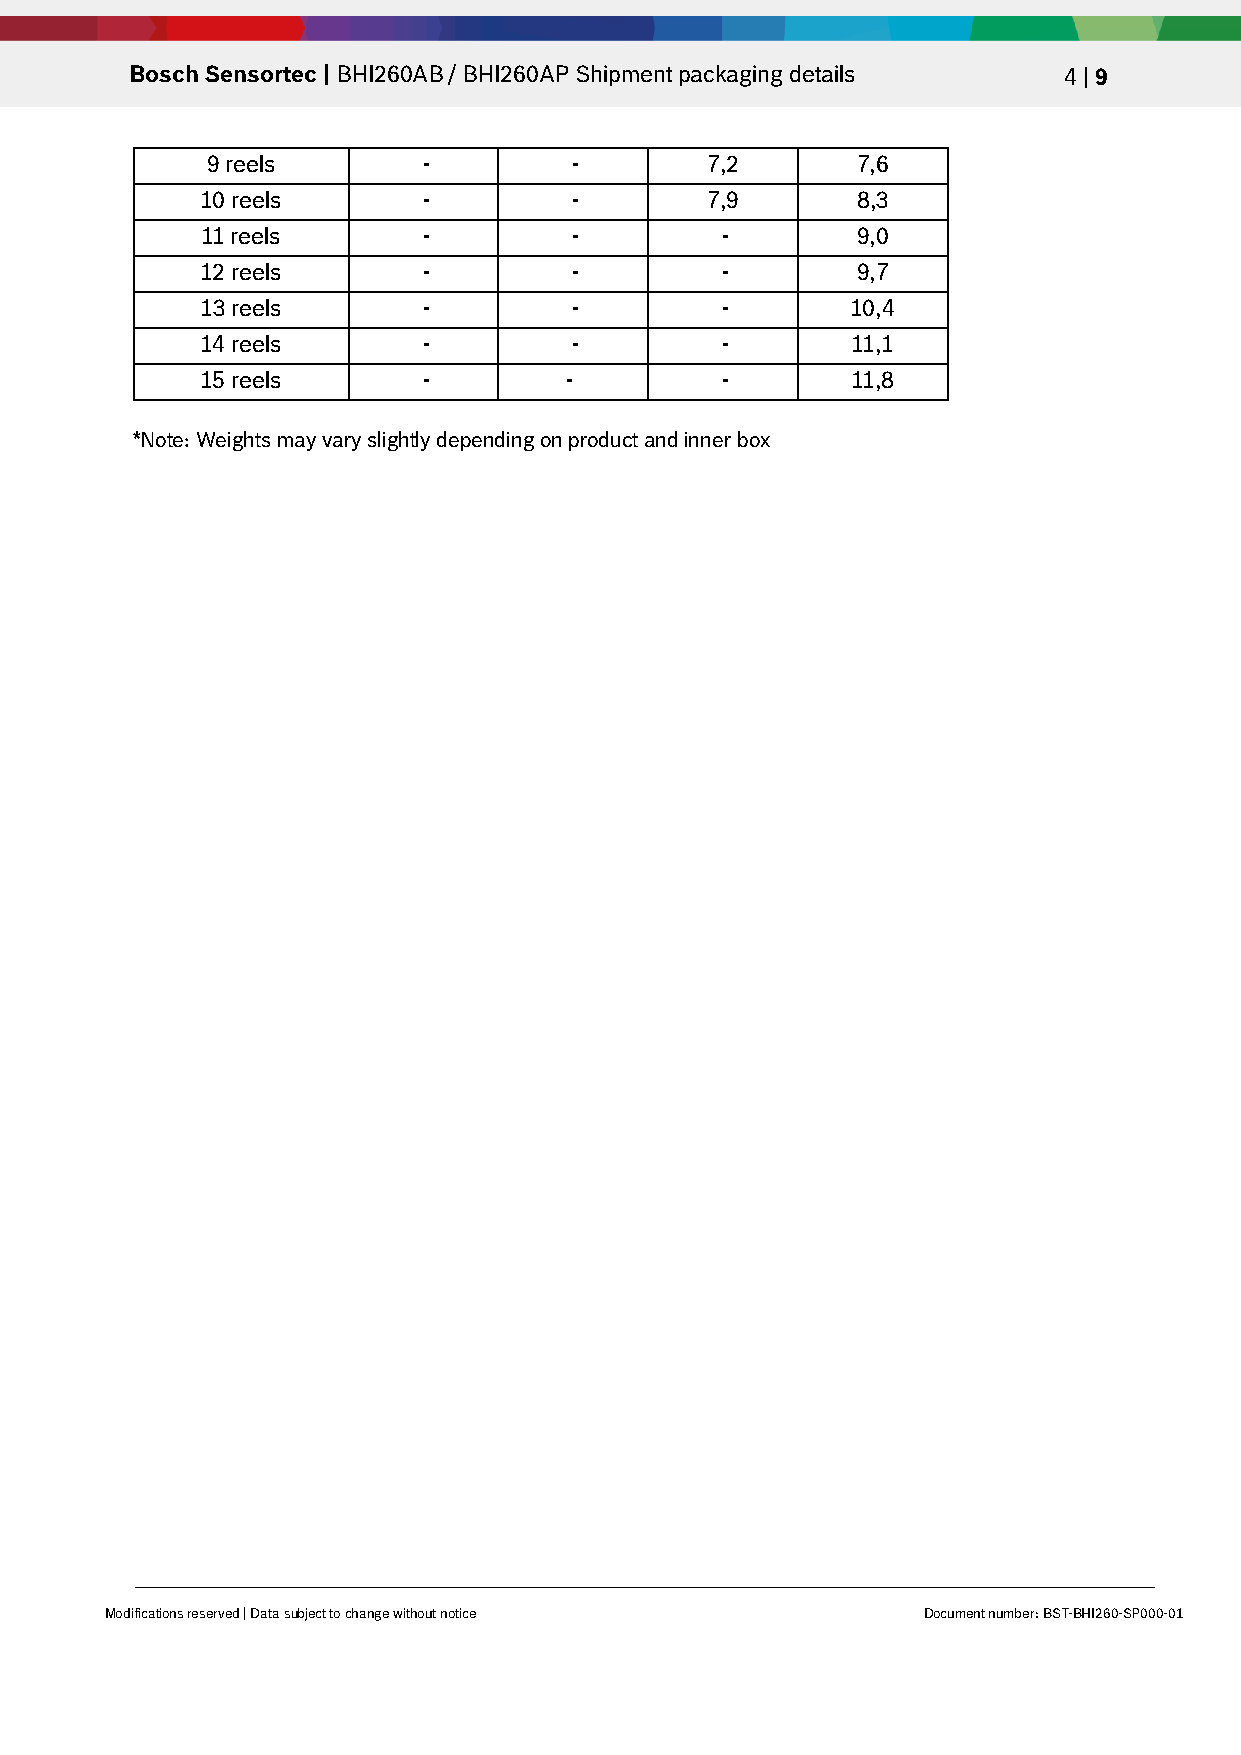
Bosch Sensortec | BHI260AB / BHI260AP Shipment packaging details 4 | 9
 9 reels       -         -        7,2       7,6
 10 reels       -         -        7,9       8,3
 11 reels       -         -         -        9,0
 12 reels       -         -         -        9,7
 13 reels       -         -         -       10,4
 14 reels       -         -         -       11,1
 15 reels       -        -          -       11,8
 *Note: Weights may vary slightly depending on product and inner box
 Modifications reserved | Data subject to change without notice Document number: BST-BHI260-SP000-01